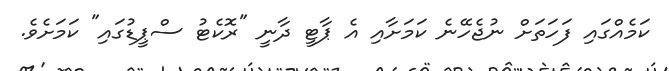
ކަމެއްގައި ފަހަތަށް ނުޖެހޭނެ ކަމަށާއި އެ ޕާޓީ ދާނީ "ރޮކެޓު ސްޕީޑުގައި" ކަމަށެވެ.